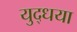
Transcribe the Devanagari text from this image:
युद्धया